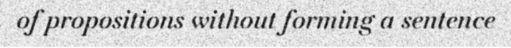
of propositions without forming a sentence